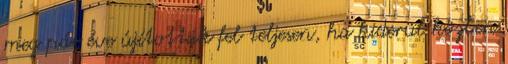
meg pár éve újították fel teljesen, ha kiderül közben